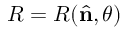
R = R ( { \hat { \mathbf { n } } } , \theta )